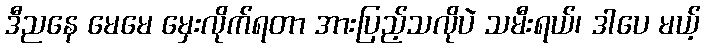
ဒီညနေ မေမေ မှေးလိုက်ရတာ အားပြည့်သလိုပဲ သမီးရယ်၊ ဒါပေ မယ့်